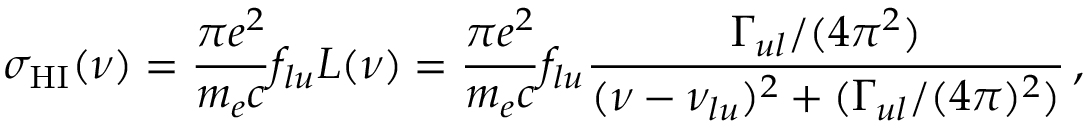
\sigma _ { \mathrm { H I } } ( \nu ) = \frac { \pi e ^ { 2 } } { m _ { e } c } f _ { l u } L ( \nu ) = \frac { \pi e ^ { 2 } } { m _ { e } c } f _ { l u } \frac { \Gamma _ { u l } / ( 4 \pi ^ { 2 } ) } { ( \nu - \nu _ { l u } ) ^ { 2 } + ( \Gamma _ { u l } / ( 4 \pi ) ^ { 2 } ) } \, ,